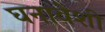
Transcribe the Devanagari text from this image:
घनावेशी